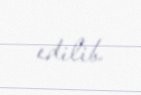
edilib.